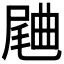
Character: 𣍁